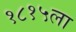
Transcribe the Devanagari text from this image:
१८१५ला